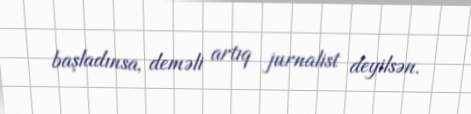
başladınsa, deməli artıq jurnalist deyilsən.